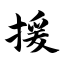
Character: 援